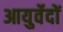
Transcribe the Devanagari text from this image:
आयुर्वेदों